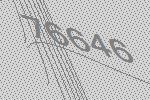
76646